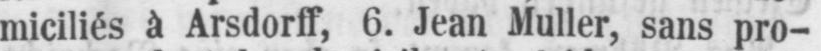
miciliés à Arsdorff, 6. Jean Muller, sans pro-